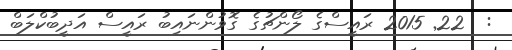
:  22